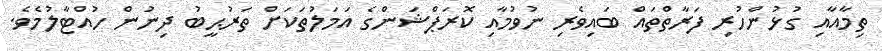
ތިމާއާއި ގުޅުންހުރި ފަރާތްތައް ބައިވެރި ނުވުމާއި ކޮރަޕްޝަންގެ އަމަލުތަކަށް ތަރުޙީބު ދިނުން ހުއްޓާލުމެވެ.